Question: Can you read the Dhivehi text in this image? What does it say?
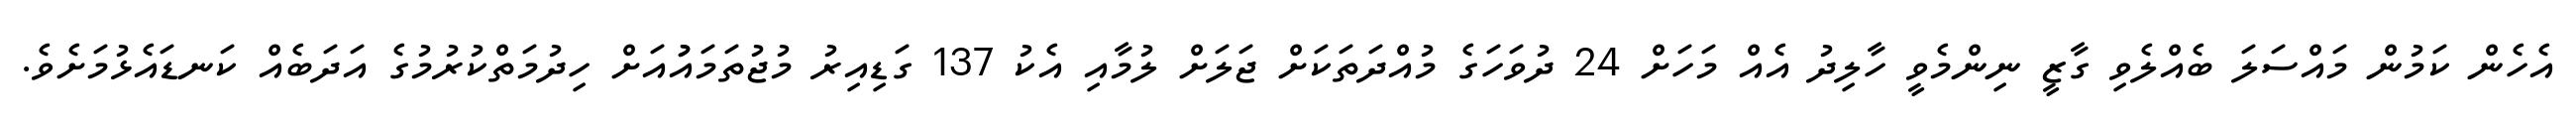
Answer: އެހެން ކަމުން މައްސަލަ ބެއްލެވި ގާޒީ ނިންމެވީ ހާލިދު އެއް މަހަށް 24 ދުވަހަގެ މުއްދަތަކަށް ޖަލަށް ލުމާއި އެކު 137 ގަޑިއިރު މުޖުތަމައުުއަށް ހިދުމަތްކުރުމުގެ އަދަބެއް ކަނޑައެޅުމަށެވެ.